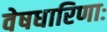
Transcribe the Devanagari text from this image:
वेषधारिणाः